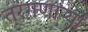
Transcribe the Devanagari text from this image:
तरंगणाऱ्या